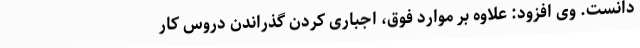
دانست. وی افزود: علاوه بر موارد فوق، اجباری کردن گذراندن دروس کار